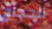
الحجاج